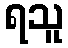
ရသူ